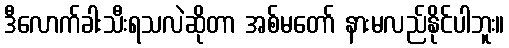
ဒီလောက်ခါးသီးရသလဲဆိုတာ အစ်မတော် နားမလည်နိုင်ပါဘူး။